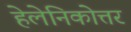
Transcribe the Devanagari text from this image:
हेलेनिकोत्तर